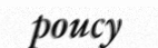
poucy